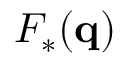
F _ { * } ( \mathbf { q } )